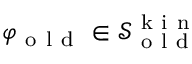
\varphi _ { \mathrm { ~ o ~ l ~ d ~ } } \in \mathcal { S } _ { \mathrm { ~ o ~ l ~ d ~ } } ^ { \mathrm { ~ k ~ i ~ n ~ } }